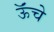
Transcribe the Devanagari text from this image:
ऊॅंचे